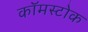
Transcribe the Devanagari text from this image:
कॉमस्टोक